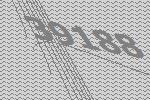
39188